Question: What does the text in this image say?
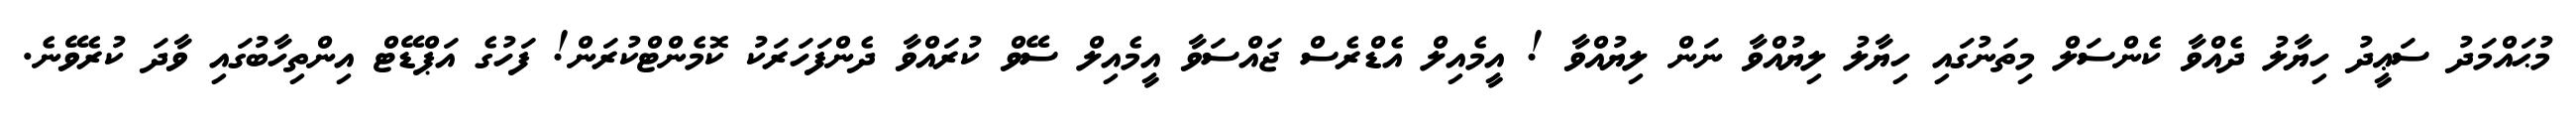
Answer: މުޙައްމަދު ސަޢީދު ހިޔާލު ދެއްވާ ކެންސަލް މިތަނުގައި ހިޔާލު ލިޔުއްވާ ނަން ލިޔުއްވާ ! އީމެއިލް އެޑްރެސް ޖައްސަވާ އީމެއިލް ސޭވް ކުރައްވާ ދެންފަހަރަކު ކޮމެންޓްކުރަން! ފަހުގެ އަޕްޑޭޓް އިންތިހާބުގައި ވާދަ ކުރެވޭނެ.